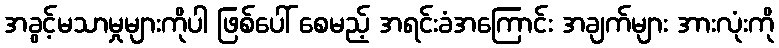
အခွင့်မသာမှုများကိုပါ ဖြစ်ပေါ် စေမည့် အရင်းခံအကြောင်း အချက်များ အားလုံးကို